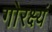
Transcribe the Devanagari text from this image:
गोरक्ष्यं